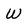
Character: w